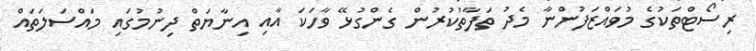
ރިސޯޓްތަކުގެ މުވައްޒަފުންނާ މެދު ތަފާތުކުރުން ގެންގުޅޭ ވާހަކަ އާއި އިނާޔަތް ދިނުމުގައި މައްސަލަތައް